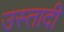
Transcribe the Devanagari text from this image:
उस्तादी